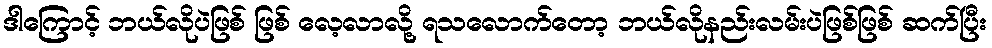
ဒါကြောင့် ဘယ်လိုပဲဖြစ် ဖြစ် လေ့လာလို့ ရသလောက်တော့ ဘယ်လိုနည်းလမ်းပဲဖြစ်ဖြစ် ဆက်ပြီး